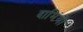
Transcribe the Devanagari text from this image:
दामिंगो